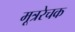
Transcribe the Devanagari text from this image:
मूत्ररेचक